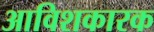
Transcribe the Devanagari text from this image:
आविशकारक